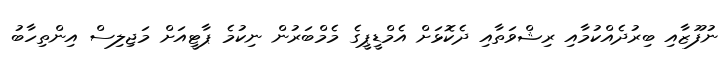
ނުފޫޒާއި ބިރުދެއްކުމާއި ރިޝްވަތާއި ދެކޮޅަށް އެމްޑީޕީގެ މެމްބަރުން ނިކުމެ ޕާޓީއަށް މަޖިލިސް އިންތިހާބު